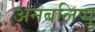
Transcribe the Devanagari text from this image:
अनबलिप्पु